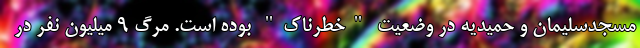
مسجدسلیمان و حمیدیه در وضعیت "خطرناک" بوده است. مرگ ۹ میلیون نفر در